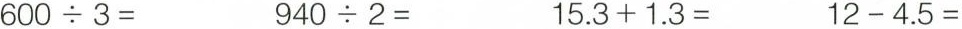
$$6 0 0 \div 3 =$$ $$9 4 0 \div 2 =$$ $$1 5 . 3 + 1 . 3 =$$ $$1 2 - 4. 5 = $$